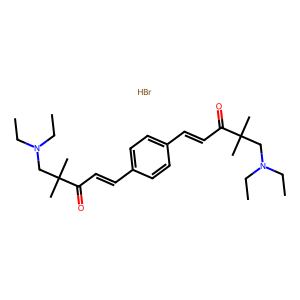
SMILES: Br.CCN(CC)CC(C)(C)C(=O)C=Cc1ccc(C=CC(=O)C(C)(C)CN(CC)CC)cc1
Inhibits HIV replication: No